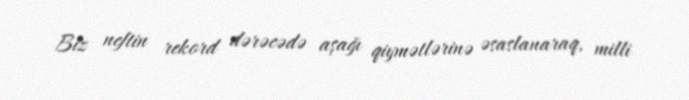
Biz neftin rekord dərəcədə aşağı qiymətlərinə əsaslanaraq, milli